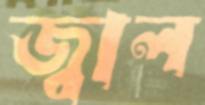
জ্বাল